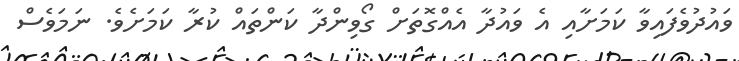
ވައުދުވެފައިވާ ކަމަށާއި އެ ވައުދާ އެއްގޮތަށް ގޯވިންދާ ކަންތައް ކުރާ ކަމަށެވެ. ނަމަވެސް